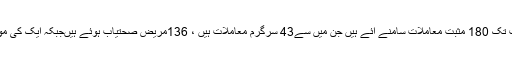
بانڈی پورہ میں اب تک 180 مثبت معاملات سامنے آئے ہیں جن میں سے43 سرگرم معاملات ہیں ، 136مریض صحتیاب ہوئے ہیںجبکہ ایک کی موت واقع ہوئی ہے۔